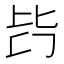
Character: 𣬃